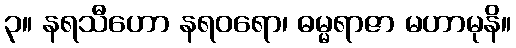
၃။ နရသီဟော နရဝရော၊ ဓမ္မရာဇာ မဟာမုနိ။